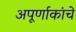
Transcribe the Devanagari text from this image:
अपूर्णाकांचे